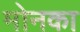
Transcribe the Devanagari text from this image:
मोनका